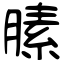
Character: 膆